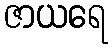
ဇာယရေ